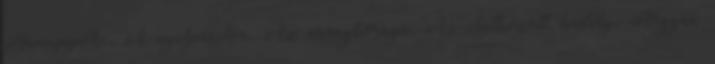
Hamupipőke, A nyúlpásztor, Az aranybornyú, Az elátkozott kastély, Hogyan